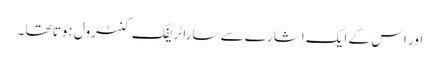
اور اس کے ایک اشارے سے سارا ٹریفک کنٹرول ہوتا تھا ۔